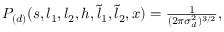
\begin{array} { r } { P _ { ( d ) } ( s , l _ { 1 } , l _ { 2 } , h , \tilde { l } _ { 1 } , \tilde { l } _ { 2 } , x ) = \frac { 1 } { ( 2 \pi \sigma _ { d } ^ { 2 } ) ^ { 3 / 2 } } , } \end{array}